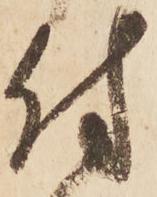
付